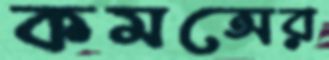
কমন্সের